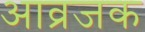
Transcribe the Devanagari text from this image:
आव्रजक